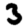
Digit: 3